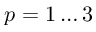
p = 1 \ldots 3